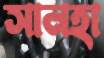
সানহা